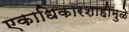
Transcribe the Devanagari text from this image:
एकाधिकारशाहीमुळे